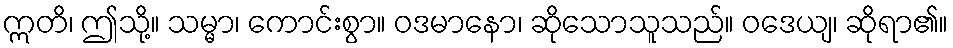
ဣတိ၊ ဤသို့။ သမ္မာ၊ ကောင်းစွာ။ ဝဒမာနော၊ ဆိုသောသူသည်။ ဝဒေယျ၊ ဆိုရာ၏။